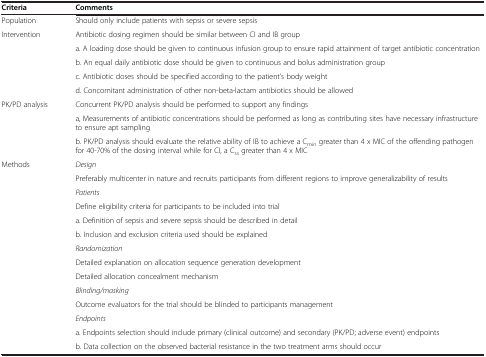
<table><thead><tr><td><b>Criteria</b></td><td><b>Comments</b></td></tr></thead><tbody><tr><td>Population</td><td>Should only include patients with sepsis or severe sepsis</td></tr><tr><td rowspan="5">Intervention</td><td>Antibiotic dosing regimen should be similar between CI and IB group</td></tr><tr><td>a. A loading dose should be given to continuous infusion group to ensure rapid attainment of target antibiotic concentration</td></tr><tr><td>b. An equal daily antibiotic dose should be given to continuous and bolus administration group</td></tr><tr><td>c. Antibiotic doses should be specified according to the patient’s body weight</td></tr><tr><td>d. Concomitant administration of other non-beta-lactam antibiotics should be allowed</td></tr><tr><td rowspan="3">PK/PD analysis</td><td>Concurrent PK/PD analysis should be performed to support any findings</td></tr><tr><td>a, Measurements of antibiotic concentrations should be performed as long as contributing sites have necessary infrastructure to ensure apt sampling</td></tr><tr><td>b. PK/PD analysis should evaluate the relative ability of IB to achieve a C<sub>min</sub> greater than 4 x MIC of the offending pathogen for 40-70% of the dosing interval while for CI, a C<sub>ss</sub> greater than 4 x MIC</td></tr><tr><td>Methods</td><td><i>Design</i></td></tr><tr><td> </td><td>Preferably multicenter in nature and recruits participants from different regions to improve generalizability of results</td></tr><tr><td> </td><td><i>Patients</i></td></tr><tr><td rowspan="3"> </td><td>Define eligibility criteria for participants to be included into trial</td></tr><tr><td>a. Definition of sepsis and severe sepsis should be described in detail</td></tr><tr><td>b. Inclusion and exclusion criteria used should be explained</td></tr><tr><td> </td><td><i>Randomization</i></td></tr><tr><td> </td><td>Detailed explanation on allocation sequence generation development</td></tr><tr><td> </td><td>Detailed allocation concealment mechanism</td></tr><tr><td> </td><td><i>Blinding/masking</i></td></tr><tr><td> </td><td>Outcome evaluators for the trial should be blinded to participants management</td></tr><tr><td> </td><td><i>Endpoints</i></td></tr><tr><td> </td><td>a. Endpoints selection should include primary (clinical outcome) and secondary (PK/PD; adverse event) endpoints</td></tr><tr><td> </td><td>b. Data collection on the observed bacterial resistance in the two treatment arms should occur</td></tr></tbody></table>